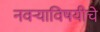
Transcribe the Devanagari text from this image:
नवर्‍याविषयीचे